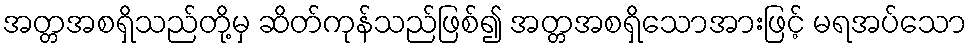
အတ္တအစရှိသည်တို့မှ ဆိတ်ကုန်သည်ဖြစ်၍ အတ္တအစရှိသောအားဖြင့် မရအပ်သော